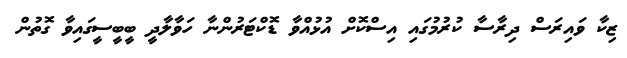
ޒިކާ ވައިރަސް ދިރާސާ ކުރުމުގައި އިސްކޮށް އުޅުއްވާ ޑޮކްޓަރުންނާ ހަވާލާދީ ބީބީސީގައިވާ ގޮތުން